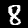
Digit: 8